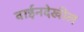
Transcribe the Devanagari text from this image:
वाईनदेखील